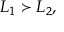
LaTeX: L _ { 1 } \succ L _ { 2 } ,